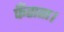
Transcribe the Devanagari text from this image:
फँसता।